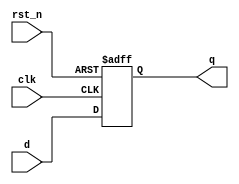
module sync_reset_ff (
    input wire clk,
    input wire rst_n,
    input wire d,
    output reg q
);

always @(posedge clk or negedge rst_n)
begin
    if (!rst_n) begin
        q <= 1'b0;
    end
    else if (clk) begin
        q <= d;
    end
end

endmodule